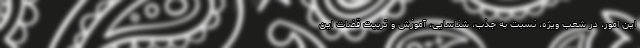
این امور، در شعب ویژه، نسبت به جذب، شناسایی، آموزش و تربیت قضات این